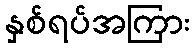
နှစ်ရပ်အကြား